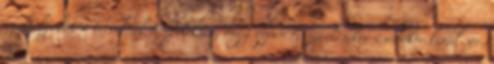
szabályokat a terveknek megfelelően, vagy éppen visszaélésekre-csődökre kerül sor.